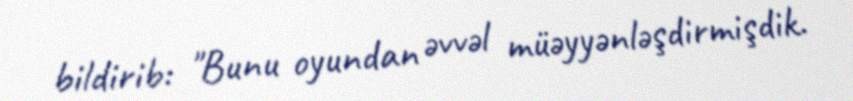
bildirib: "Bunu oyundan əvvəl müəyyənləşdirmişdik.